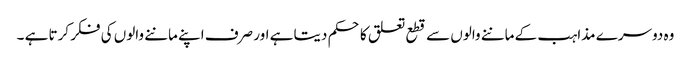
وہ دوسرے مذاہب کے ماننے والوں سے قطع تعلق کا حکم دیتا ہے اور صرف اپنے ماننے والوں کی فکر کرتا ہے ۔